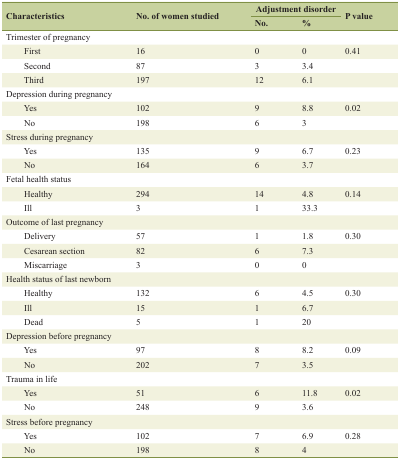
| <ROWSPAN=2> Characteristics | <ROWSPAN=2> No. of women studied | <COLSPAN=2> Adjustment disorder | <ROWSPAN=2> P value |
 | No. | % |
 | --- | --- | --- | --- | --- |
 | Trimester of pregnancy |  |  |  |  |
 | First | 16 | 0 | 0 | 0.41 |
 | Second | 87 | 3 | 3.4 |  |
 | Third | 197 | 12 | 6.1 |  |
 | Depression during pregnancy |  |  |  |  |
 | Yes | 102 | 9 | 8.8 | 0.02 |
 | No | 198 | 6 | 3 |  |
 | Stress during pregnancy |  |  |  |  |
 | Yes | 135 | 9 | 6.7 | 0.23 |
 | No | 164 | 6 | 3.7 |  |
 | Fetal health status |  |  |  |  |
 | Healthy | 294 | 14 | 4.8 | 0.14 |
 | Ill | 3 | 1 | 33.3 |  |
 | Outcome of last pregnancy |  |  |  |  |
 | Delivery | 57 | 1 | 1.8 | 0.30 |
 | Cesarean section | 82 | 6 | 7.3 |  |
 | Miscarriage | 3 | 0 | 0 |  |
 | Health status of last newborn |  |  |  |  |
 | Healthy | 132 | 6 | 4.5 | 0.30 |
 | Ill | 15 | 1 | 6.7 |  |
 | Dead | 5 | 1 | 20 |  |
 | Depression before pregnancy |  |  |  |  |
 | Yes | 97 | 8 | 8.2 | 0.09 |
 | No | 202 | 7 | 3.5 |  |
 | Trauma in life |  |  |  |  |
 | Yes | 51 | 6 | 11.8 | 0.02 |
 | No | 248 | 9 | 3.6 |  |
 | Stress before pregnancy |  |  |  |  |
 | Yes | 102 | 7 | 6.9 | 0.28 |
 | No | 198 | 8 | 4 |  |